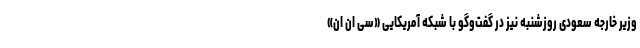
وزیر خارجه سعودی روزشنبه نیز در گفت‌وگو با شبکه آمریکایی «سی ان ان»